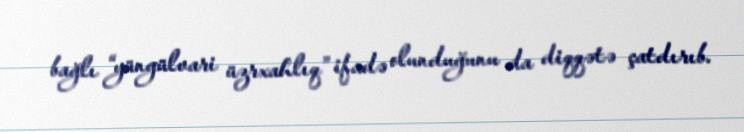
bağlı “yüngülvari üzrxahlıq” ifadə olunduğunu da diqqətə çatdırıb.